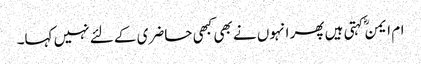
ام ایمنؓ کہتی ہیں پھر انہوں نے بھی کبھی حاضری کے لئے نہیں کہا۔